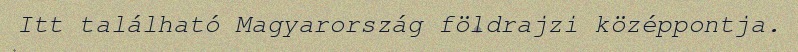
Itt található Magyarország földrajzi középpontja.